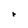
Character: r